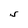
Character: S